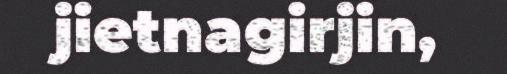
jietnagirjin,